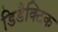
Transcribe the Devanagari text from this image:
डिडैक्टिक